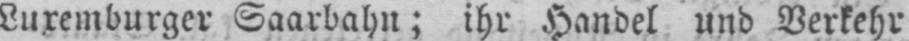
Luxemburger Saarbahn; ihr Handel und Verkehr